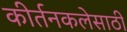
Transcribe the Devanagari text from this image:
कीर्तनकलेसाठी